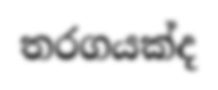
තරගයක්ද